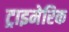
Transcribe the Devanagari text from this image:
ट्राइमेरिक